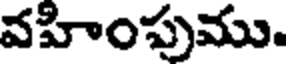
వహింపుము.